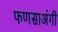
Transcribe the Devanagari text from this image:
फणसाअंगी